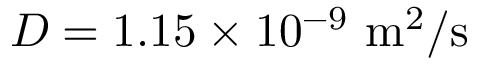
D = 1 . 1 5 \times 1 0 ^ { - 9 } \ \mathrm { m ^ { 2 } / s }